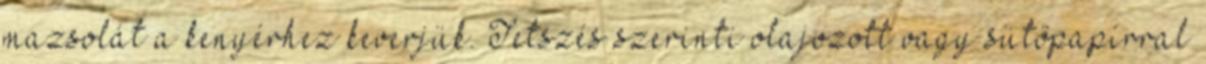
mazsolát a kenyérhez keverjük. Tetszés szerinti olajozott vagy sütőpapírral